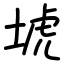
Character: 㙈